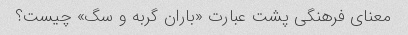
معنای فرهنگی پشت عبارت «باران گربه و سگ» چیست؟